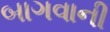
બાગવાની